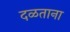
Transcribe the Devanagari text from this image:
दळताना